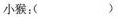
小猴：（）